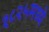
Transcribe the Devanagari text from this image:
१८२५मध्ये